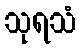
သုရသံ